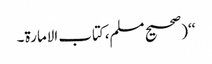
‘‘(صحیح مسلم،کتاب الامارة۔